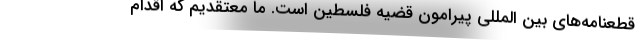
قطعنامه‌های بین المللی پیرامون قضیه فلسطین است. ما معتقدیم که اقدام